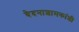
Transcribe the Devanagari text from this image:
वेदनाशामकांशी